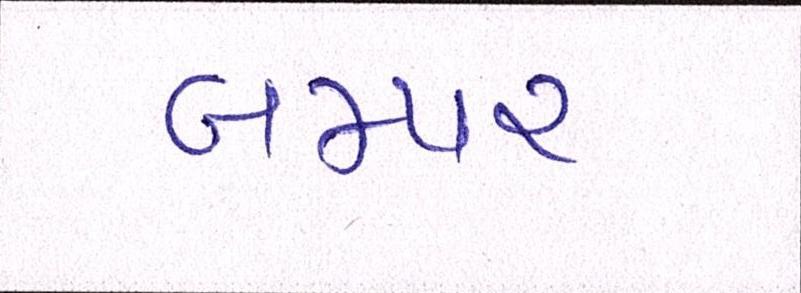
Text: બમ્પર